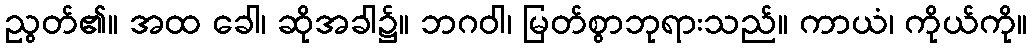
ညွတ်၏။ အထ ခေါ၊ ဆိုအခါ၌။ ဘဂဝါ၊ မြတ်စွာဘုရားသည်။ ကာယံ၊ ကိုယ်ကို။